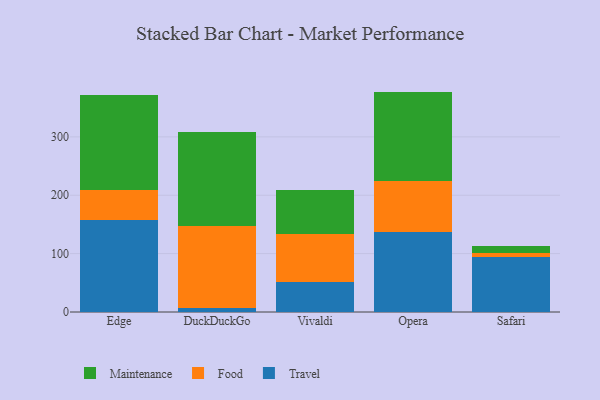
{"axis": {"x": "Browser", "y": "Energy Usage (MWh)"}, "legend": ["Food", "Maintenance", "Travel"], "data": [{"x": "Edge", "y": 158.3, "type": "Travel"}, {"x": "Edge", "y": 50.1, "type": "Food"}, {"x": "Edge", "y": 162.6, "type": "Maintenance"}, {"x": "DuckDuckGo", "y": 6.2, "type": "Travel"}, {"x": "DuckDuckGo", "y": 140.8, "type": "Food"}, {"x": "DuckDuckGo", "y": 161.8, "type": "Maintenance"}, {"x": "Vivaldi", "y": 51.4, "type": "Travel"}, {"x": "Vivaldi", "y": 82.4, "type": "Food"}, {"x": "Vivaldi", "y": 76.0, "type": "Maintenance"}, {"x": "Opera", "y": 137.7, "type": "Travel"}, {"x": "Opera", "y": 86.7, "type": "Food"}, {"x": "Opera", "y": 153.2, "type": "Maintenance"}, {"x": "Safari", "y": 93.5, "type": "Travel"}, {"x": "Safari", "y": 7.8, "type": "Food"}, {"x": "Safari", "y": 11.5, "type": "Maintenance"}]}